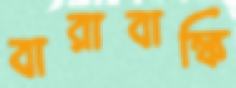
বারাবাঙ্কি